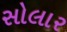
સોલાર